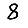
Digit: 8